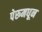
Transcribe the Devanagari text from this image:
पेरूमधून